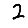
Digit: 2